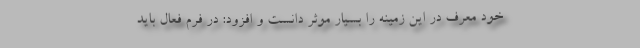
خود معرف در این زمینه را بسیار موثر دانست و افزود: در فرم فعال باید